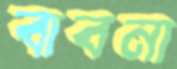
বাবনা